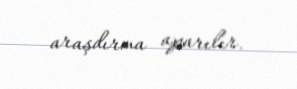
araşdırma aparılır.